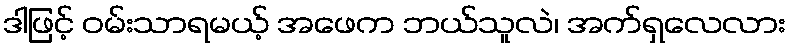
ဒါဖြင့် ဝမ်းသာရမယ့် အဖေက ဘယ်သူလဲ၊ အက်ရှလေလား